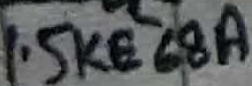
Text: 1.5KE68A